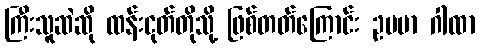
ကြီးသူဆဲဆို ထန်းငုတ်တိုသို့ ဖြစ်တတ်ကြောင်း ဥပမာ ဂါထာ